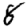
Digit: 8